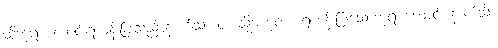
ထိုဘုရားလောင်းရဟန်းပြုသည်နောက်သို့။ ဝါ၊ သို့မဟုတ်။ ရဟန်းပြုသောဘုရားလောင်းနောက်သို့။